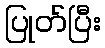
ပြုတ်ပြီး